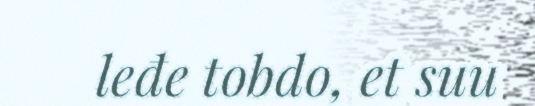
leđe tobdo, et suu